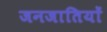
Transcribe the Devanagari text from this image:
जनजातियाें